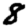
Digit: 8